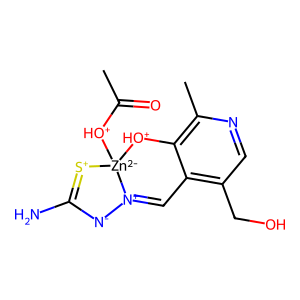
SMILES: CC(=O)[OH+][Zn-2]12[OH+]c3c(C)ncc(CO)c3C=[N+]1[N-]C(N)=[S+]2
Inhibits HIV replication: No